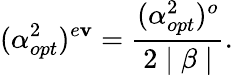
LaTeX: (\alpha_{opt}^{2})^{e\mathbf{v}}=\frac{{(\alpha_{opt}^{2})^{o}}}{{2\mid\beta\mid}}.